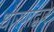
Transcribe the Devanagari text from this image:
धोरणांद्वारे